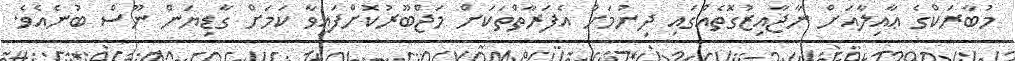
މުބާރަކްގެ ޢާއިލާއަށް ނާޖާއިޒުގޮތެއްގައި ދިނުމަށް އެފަރާތްތަކަށް މަޖްބޫރުކޮށްފައިވާ ކަމަށް ގާޑިޔަން ނޫސް ބުނެއެވެ.